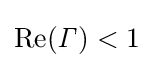
\operatorname {Re} ({\mathit {\Gamma }})<1